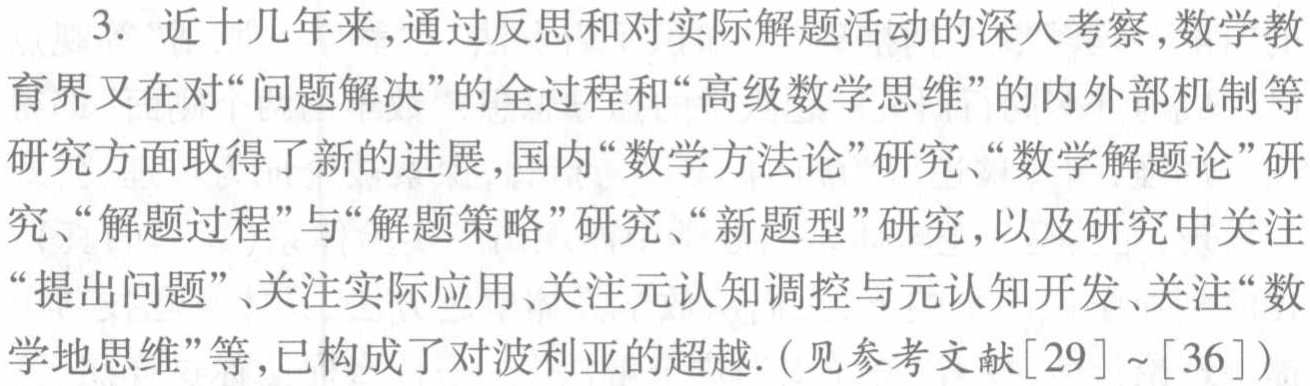
3. 近十几年来,通过反思和对实际解题活动的深入考察,数学教育界又在对“问题解决”的全过程和“高级数学思维”的内外部机制等研究方面取得了新的进展,国内“数学方法论”研究、“数学解题论”研究、“解题过程”与“解题策略”研究、“新题型”研究,以及研究中关注“提出问题”、关注实际应用、关注元认知调控与元认知开发、关注“数学地思维”等,已构成了对波利亚的超越.(见参考文献[29]~[36])